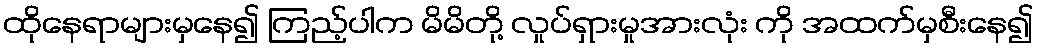
ထိုနေရာများမှနေ၍ ကြည့်ပါက မိမိတို့ လှုပ်ရှားမှုအားလုံး ကို အထက်မှစီးနေ၍